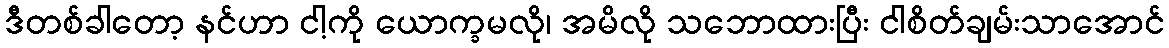
ဒီတစ်ခါတော့ နင်ဟာ ငါ့ကို ယောက္ခမလို၊ အမိလို သဘောထားပြီး ငါစိတ်ချမ်းသာအောင်